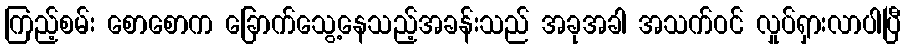
ကြည့်စမ်း စောစောက ခြောက်သွေ့နေသည့်အခန်းသည် အခုအခါ အသက်ဝင် လှုပ်ရှားလာပါပြီ